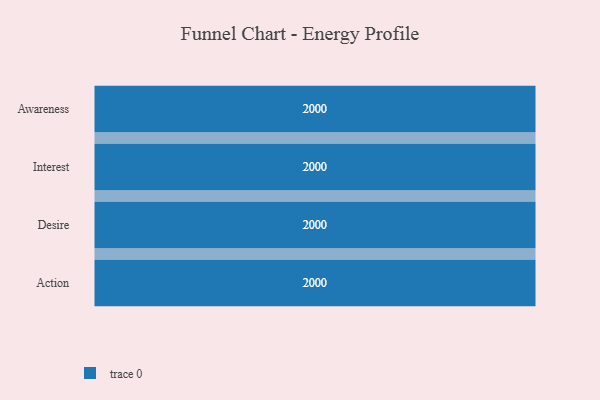
{"axis": {"x": "Stage", "y": "Value"}, "legend": [""], "data": [{"x": "Awareness", "y": 2000, "type": ""}, {"x": "Interest", "y": 2000, "type": ""}, {"x": "Desire", "y": 2000, "type": ""}, {"x": "Action", "y": 2000, "type": ""}]}